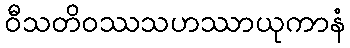
ဝီသတိဝဿသဟဿာယုကာနံ